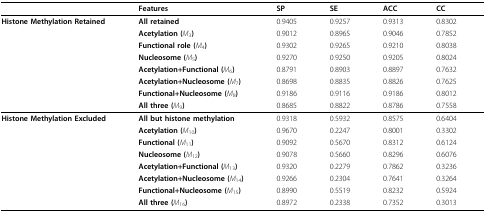
|  | Features | SP | SE | ACC | CC |
 | --- | --- | --- | --- | --- | --- |
 | Histone Methylation Retained | All retained | 0.9405 | 0.9257 | 0.9313 | 0.8302 |
 |  | Acetylation (M3) | 0.9012 | 0.8965 | 0.9046 | 0.7852 |
 |  | Functional role (M4) | 0.9302 | 0.9265 | 0.9210 | 0.8038 |
 |  | Nucleosome (M5) | 0.9270 | 0.9250 | 0.9205 | 0.8024 |
 |  | Acetylation+Functional (M6) | 0.8791 | 0.8903 | 0.8897 | 0.7632 |
 |  | Acetylation+Nucleosome (M7) | 0.8698 | 0.8835 | 0.8826 | 0.7625 |
 |  | Functional+Nucleosome (M8) | 0.9186 | 0.9116 | 0.9186 | 0.8012 |
 |  | All three (M9) | 0.8685 | 0.8822 | 0.8786 | 0.7558 |
 | Histone Methylation Excluded | All but histone methylation | 0.9318 | 0.5932 | 0.8575 | 0.6404 |
 |  | Acetylation (M10) | 0.9670 | 0.2247 | 0.8001 | 0.3302 |
 |  | Functional (M11) | 0.9092 | 0.5670 | 0.8312 | 0.6124 |
 |  | Nucleosome (M12) | 0.9078 | 0.5660 | 0.8296 | 0.6076 |
 |  | Acetylation+Functional (M13) | 0.9320 | 0.2279 | 0.7862 | 0.3236 |
 |  | Acetylation+Nucleosome (M14) | 0.9266 | 0.2304 | 0.7641 | 0.3264 |
 |  | Functional+Nucleosome (M15) | 0.8990 | 0.5519 | 0.8232 | 0.5924 |
 |  | All three (M16) | 0.8972 | 0.2338 | 0.7352 | 0.3013 |